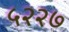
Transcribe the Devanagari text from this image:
५२२७